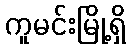
ကူမင်းမြို့ရှိ